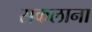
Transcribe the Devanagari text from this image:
सकलाना